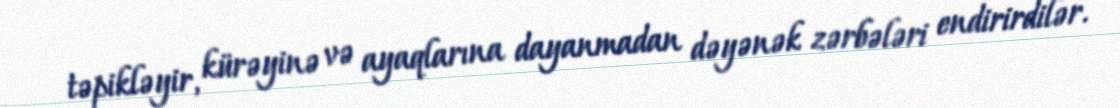
təpikləyir, kürəyinə və ayaqlarına dayanmadan dəyənək zərbələri endirirdilər.